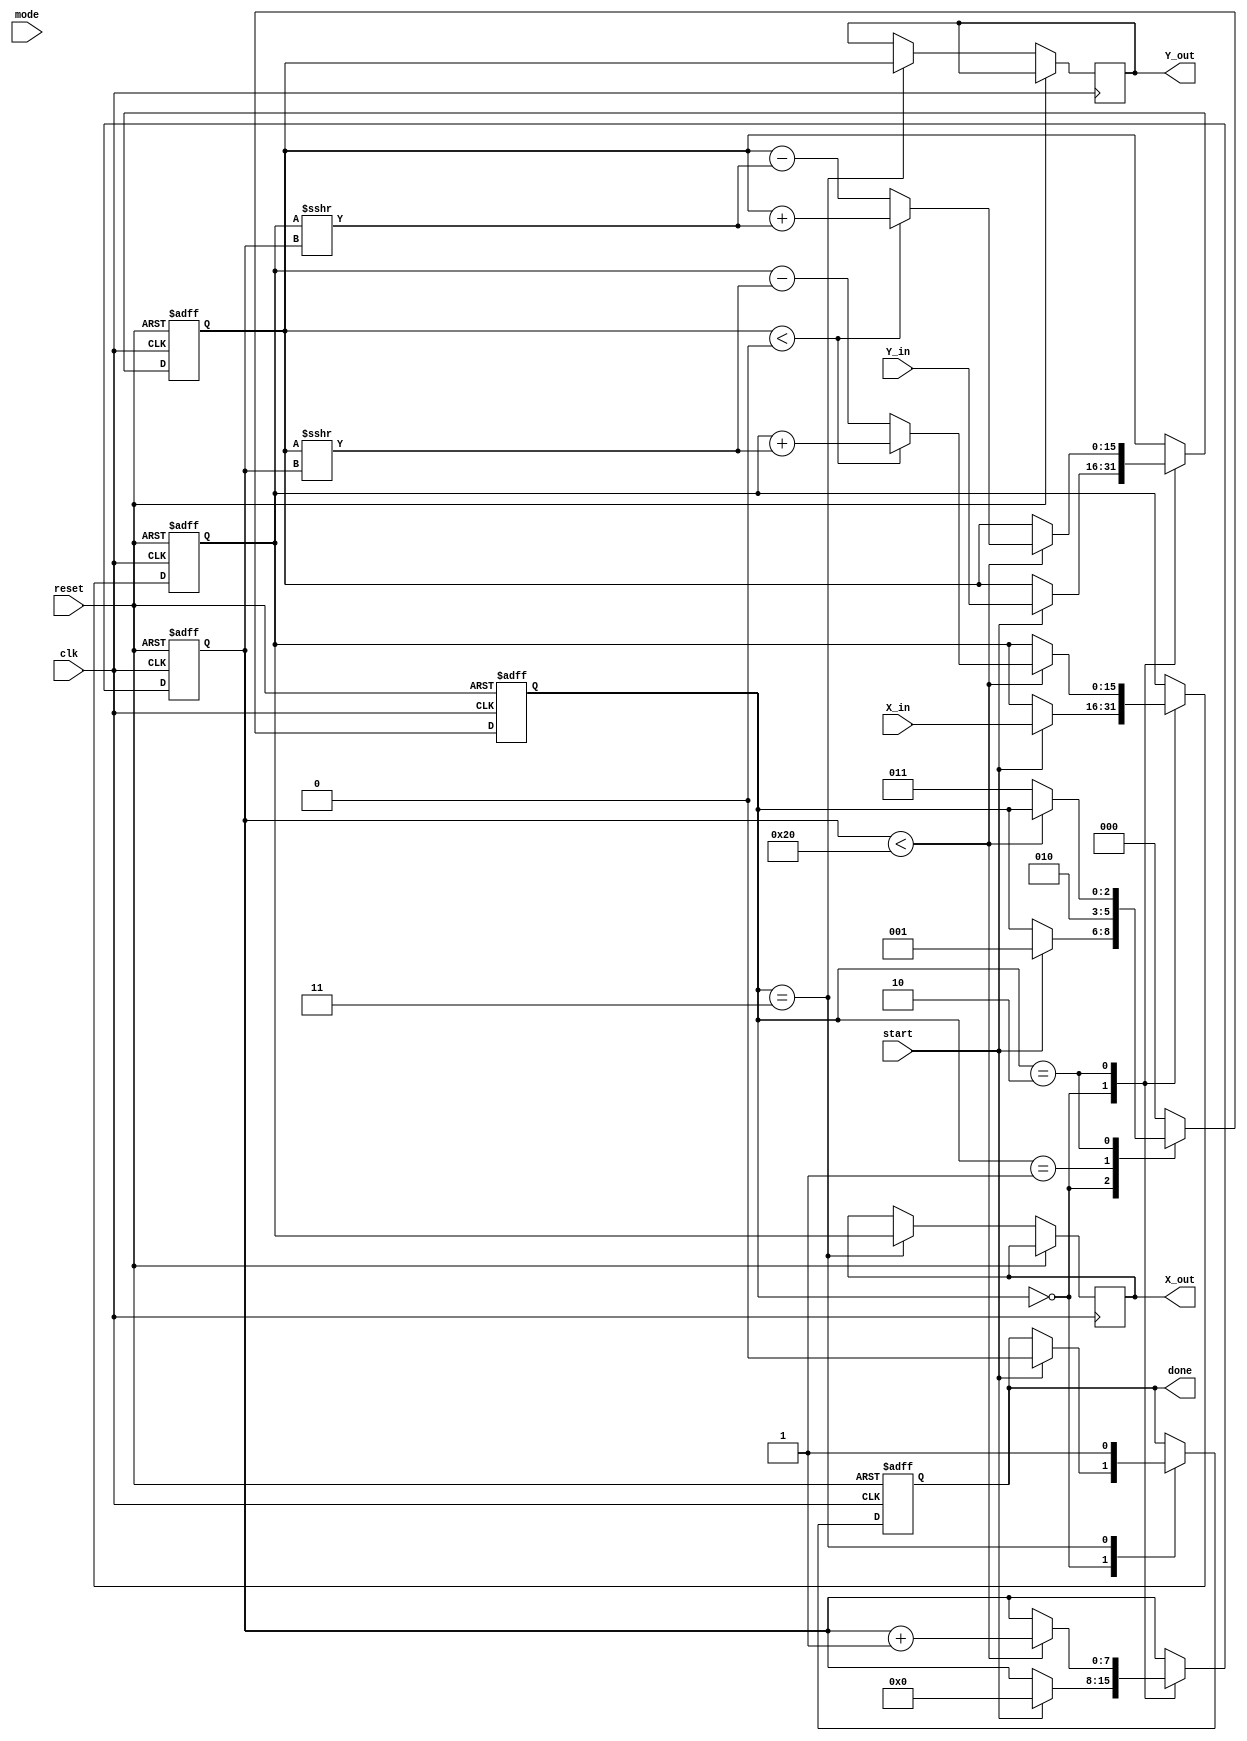
module hyperbolic_cordic (
    input wire clk,
    input wire reset,
    input wire start,
    input wire [15:0] X_in, // Input value for hyperbolic functions
    input wire [15:0] Y_in, // Secondary input for some functions
    input wire [2:0] mode,  // Operation mode: 0=sinh, 1=cosh, 2=tanh, 3=sinh_inv, 4=cosh_inv
    output reg [15:0] X_out, // Output for computed hyperbolic function
    output reg [15:0] Y_out, // Secondary output for certain functions
    output reg done         // Done signal when computation is completed
);

    parameter IDLE      = 3'b000;
    parameter INIT      = 3'b001;
    parameter ROTATE    = 3'b010;
    parameter FINALIZE  = 3'b011;

    reg [2:0] state;
    reg [7:0] iteration; // Iterate through the number of CORDIC iterations
    reg signed [15:0] X; // Internal register for X
    reg signed [15:0] Y; // Internal register for Y
    reg signed [15:0] angle_table[0:31]; // Angle table ROM

    initial begin
        // Initialize angle table for hyperbolic functions
        angle_table[0] = 16'd0;
        angle_table[1] = 16'd1; // Provide appropriate values for your needs
        // ... Fill in the rest of the angle table ...
    end

    // FSM for controlling the CORDIC processing states
    always @(posedge clk or posedge reset) begin
        if (reset) begin
            state <= IDLE;
            done <= 0;
            iteration <= 0;
            X <= 0;
            Y <= 0;
        end else begin
            case (state)
                IDLE: begin
                    if (start) begin
                        X <= X_in; // Load input X
                        Y <= Y_in; // Load input Y
                        iteration <= 0; // Initialize iterations
                        state <= INIT;
                        done <= 0;
                    end
                end
                
                INIT: begin
                    // Prepare for rotation based on the mode
                    // Additional initialization if needed
                    state <= ROTATE;
                end
                
                ROTATE: begin
                    if (iteration < 32) begin // Example for 32 iterations
                        // Hyperbolic rotation logic
                        if (Y < 0) begin
                            // Update X and Y for hyperbolic rotation
                            X <= X + (Y >>> iteration);
                            Y <= Y + (X >>> iteration);
                        end else begin
                            X <= X - (Y >>> iteration);
                            Y <= Y - (X >>> iteration);
                        end
                        iteration <= iteration + 1;
                    end else begin
                        state <= FINALIZE;
                    end
                end
                
                FINALIZE: begin
                    // Output the results
                    X_out <= X;
                    Y_out <= Y; // Depending on the mode, you may not need Y_out
                    done <= 1;
                    state <= IDLE; // Go back to IDLE
                end
                
                default: state <= IDLE;
            endcase
        end
    end

endmodule